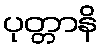
ပုတ္တာနိ